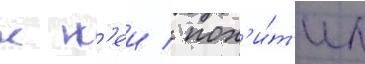
к н'еи / пох'и́т'ил